Report of the Indian Hemp Drugs Commission, 1894-1895 - Volume VII
Year: 1894
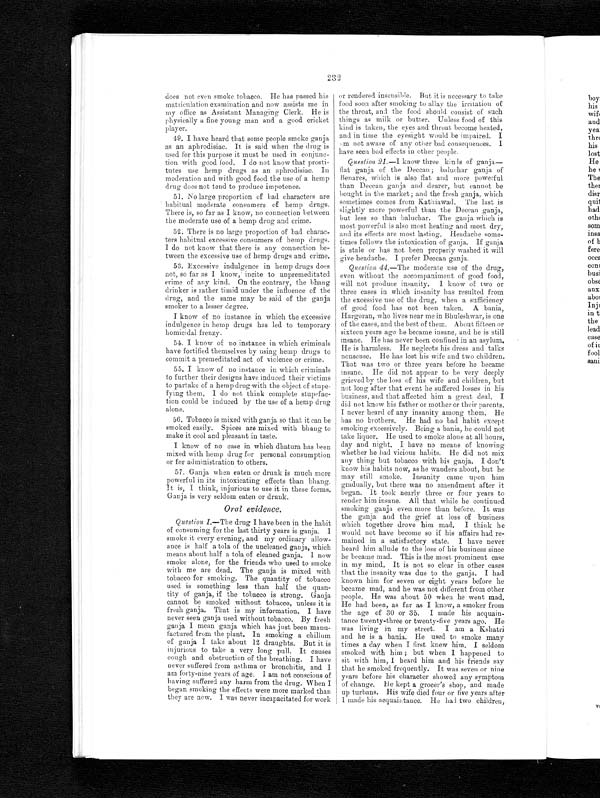
232
does not even smoke tobacco. He has passed his
matriculation examination and now assists me in
my office as Assistant Managing Clerk. He is
physically a fine young man and a good cricket
player.
49. I have heard that some people smoke ganja
as an aphrodisiac. It is said when the drug is
used for this purpose it must be used in conjunc-
tion with good food. I do not know that prosti-
tutes use hemp drugs as an aphrodisiac. In
moderation and with good food the use of a hemp
drug does not tend to produce impotence.
51. No large proportion of bad characters are
habitual moderate consumers of hemp drugs.
There is, so far as I know, no connection between
the moderate use of a hemp drug and crime.
52. There is no large proportion of bad charac-
ters habitual excessive consumers of hemp drugs.
I do not know that there is any connection be-
tween the excessive use of hemp drugs and crime.
53. Excessive indulgence in hemp drugs does
not, so far as I know, incite to unpremeditated
crime of any kind. On the contrary, the bhang
drinker is rather timid under the influence of the
drug, and the same may be said of the ganja
smoker to a lesser degree.
I know of no instance in which the excessive
indulgence in hemp drugs has led to temporary
homicidal frenzy.
54. I know of no instance in which criminals
have fortified themselves by using hemp drugs to
commit a premeditated act of violence or crime.
55. I know of no instance in which criminals
to further their designs have induced their victims
to partake of a hemp drug with the object of stupe-
fying them. I do not think complete stupefac-
tion could be induced by the use of a hemp drug
alone.
56. Tobacco is mixed with ganja so that it can be
smoked easily. Spices are mixed with bhang to
make it cool and pleasant in taste.
I know of no case in which dhatura has been
mixed with hemp drug for personal consumption
or for administration to others.
57. Ganja when eaten or drunk is much more
powerful in its intoxicating effects than bhan
g . I t i s , I t h i n k , i n j u r i o u s t o u s e i t i n t h e s e f o r m s
Ganja is very seldom eaten or drunk.
or rendered insensible. But it is necessary to take
food soon after smoking to allay the irritation of
the throat, and the food should consist of such
thing as milk or butter. Unless food of this
kind is taken, the eyes and throat become heated,
and in time the eyesight would be impaired. I
am not aware of any other bad consequences. I
have seen bad effects in other people.
Question 21 .—I know three kinds of ganja
— f l a t g a n j a o f t h e D e c c a n ; b a l u c h a r g a n j a o f
Benares, which is also flat and more powerful
than Deccan ganja and dearer, but cannot be
bought in the market ; and the fresh ganja, which
sometimes comes from Kathiawad. The last is
slightly more powerful than the Deccan ganja,
but less so than baluchar. The ganja which is
most powerful is also most heating and most dry,
and its effects are most lasting. Headache some-
times follows the intoxication of ganja, If ganja
is stale or has not been properly washed it will
give headache. I prefer Deccan ganja.
Question 44 .—The moderate use of the drug,
even without the accompaniment of good food,
will not produce insanity. I know of two or
three cases in which insanity has resulted from
the excessive use of the drug, when a sufficiency
of good food has not been taken. A bania,
Hargoran, who lives near me in Bhuleshwar, is one
of the cases, and the best of them. About fifteen or
sixteen years ago he became insane, and he is still
insane. He has never been confined in an asylum.
He is harmless. He neglects his dress and talks
nonsense. He has lost his wife and two children.
That was two or three years before he became
insane. He did not appear to be very deeply
grieved by the loss of his wife and children, but
not long after that event he suffered losses in his
business, and that affected him a great deal. I
did not know his father or mother or their parents.
I never heard of any insanity among them. He
has no brothers. He had no bad habit except
smoking excessively. Being a bania, he could not
take liquor. He used to smoke alone at all hours,
day and night. I have no means of knowing
whether he had vicious habits. He did not mix
any thing but tobacco with his ganja. I don't
know his habits now, as he wanders about, but he
may still smoke, Insanity came upon him
gradually, but there was no amendment after it
began. It took nearly three or four years to
render him insane. All that while he continued
smoking ganja even more than before. It was
the ganja and the grief at loss of business
which together drove him mad. I think he
would not have become so if his affairs had re-
mained in a satisfactory state. I have never
heard him allude to the loss of his business since
he became mad. This is the most prominent case
in my mind. It is not so clear in other cases
that the insanity was due to the ganja. I had
known him for seven or eight years before he
became mad, and he was not different from other
people. He was about 50 when he went mad.
He had been, as far as I know, a smoker from
the age of 30 or 35. I made his acquain-
tance twenty-three or twenty-five years ago. He
was living in my street. I am a Kshatri
and he is a bania. He used to smoke many
times a day when I first knew him. I seldom
smoked with him ; but when I happened to
sit with him, I heard him and his friends say
that he smoked frequently. It was seven or nine
years before his character showed any symptom
of change. He kept a grocer's shop, and made
up turbans. His wife died four or five years after
I made his acquaintance. He had two children,
Oral evidence.
Question 1.—The drug I have been in the habit
of consuming for the last thirty years is ganja. I
smoke it every evening, and my ordinary allow-
ance is half a tola of the uncleaned ganja, which
means about half a tola of cleaned ganja. I now
smoke alone, for the friends who used to smoke
with me are dead. The ganja is mixed with
tobacco for smoking. The quantity of tobacco
used is something less than half the quan-
tity of ganja, if the tobacco is strong. Ganja
cannot be smoked without tobacco, unless it is
fresh ganja. That is my information. I have
never seen ganja used without tobacco. By fresh
ganja I mean ganja which has just been manu-
factured from the plant. In smoking a chillum
of ganja I take about 12 draughts. But it is
injurious to take a very long pull. It causes
cough and obstruction of the breathing. I have
never suffered from asthma or bronchitis, and I
am forty-nine years of age. I am not conscious of
having suffered any harm from the drug. When I
began smoking the effects were more marked than
they are now. I was never incapacitated for work